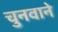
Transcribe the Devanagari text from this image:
चुनवाने